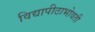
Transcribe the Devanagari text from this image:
विद्यापीठाभोवती